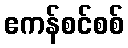
ဧကန်စင်စစ်